Trukikaitis_Postimees, lk 143
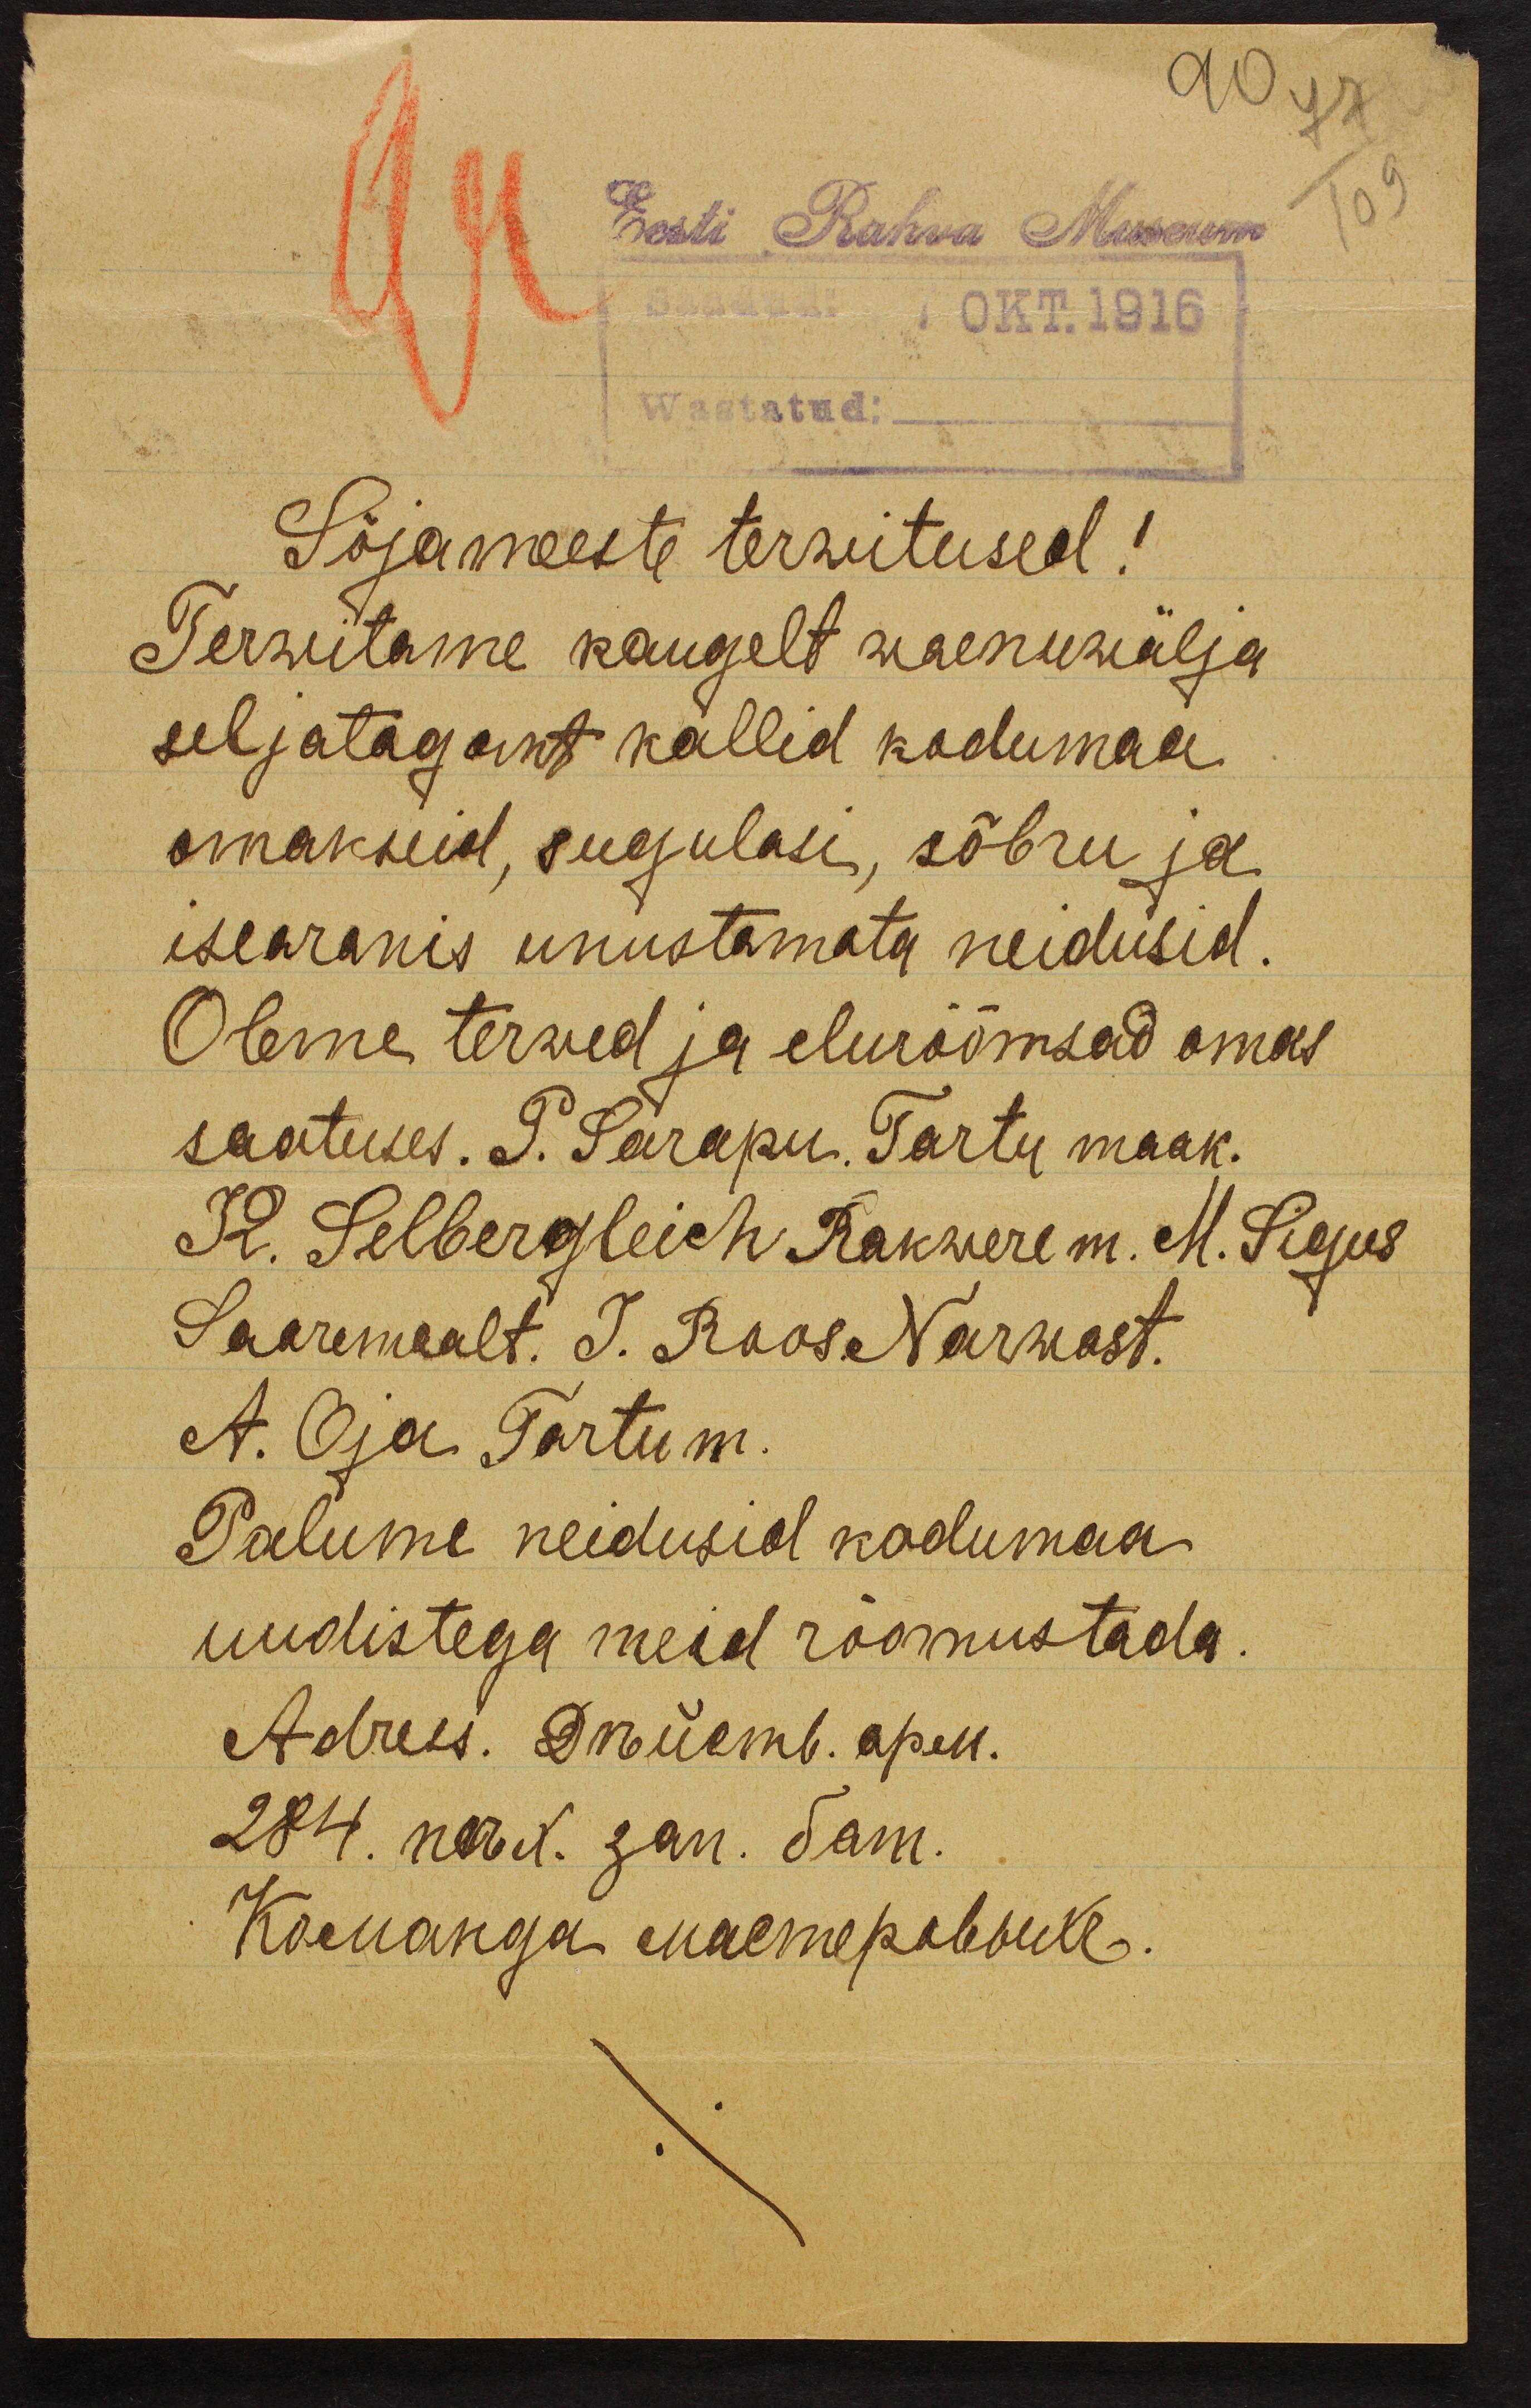
Eesti Rahva Museum
OKT.1916
Wastatud:
Sõjameeste terwitused!
Terwitame kaugelt waenuwälja
seljatagant kallid kodumaa
omakseid, sugulasi, sõbru ja
iseäranis unustamata neidusid.
Oleme terwed ja elurõõmsad omas
saatuses. P. Sarapu. Tartu maak.
K. Selbergleich Rakwere m. M. Sigus
Saaremaalt. J. Roos. Narwast.
A. Oja Tartu m.
Palume neidusid kodumaa
uudistega meid rõomustada.
Adress. Делсть. дрей.